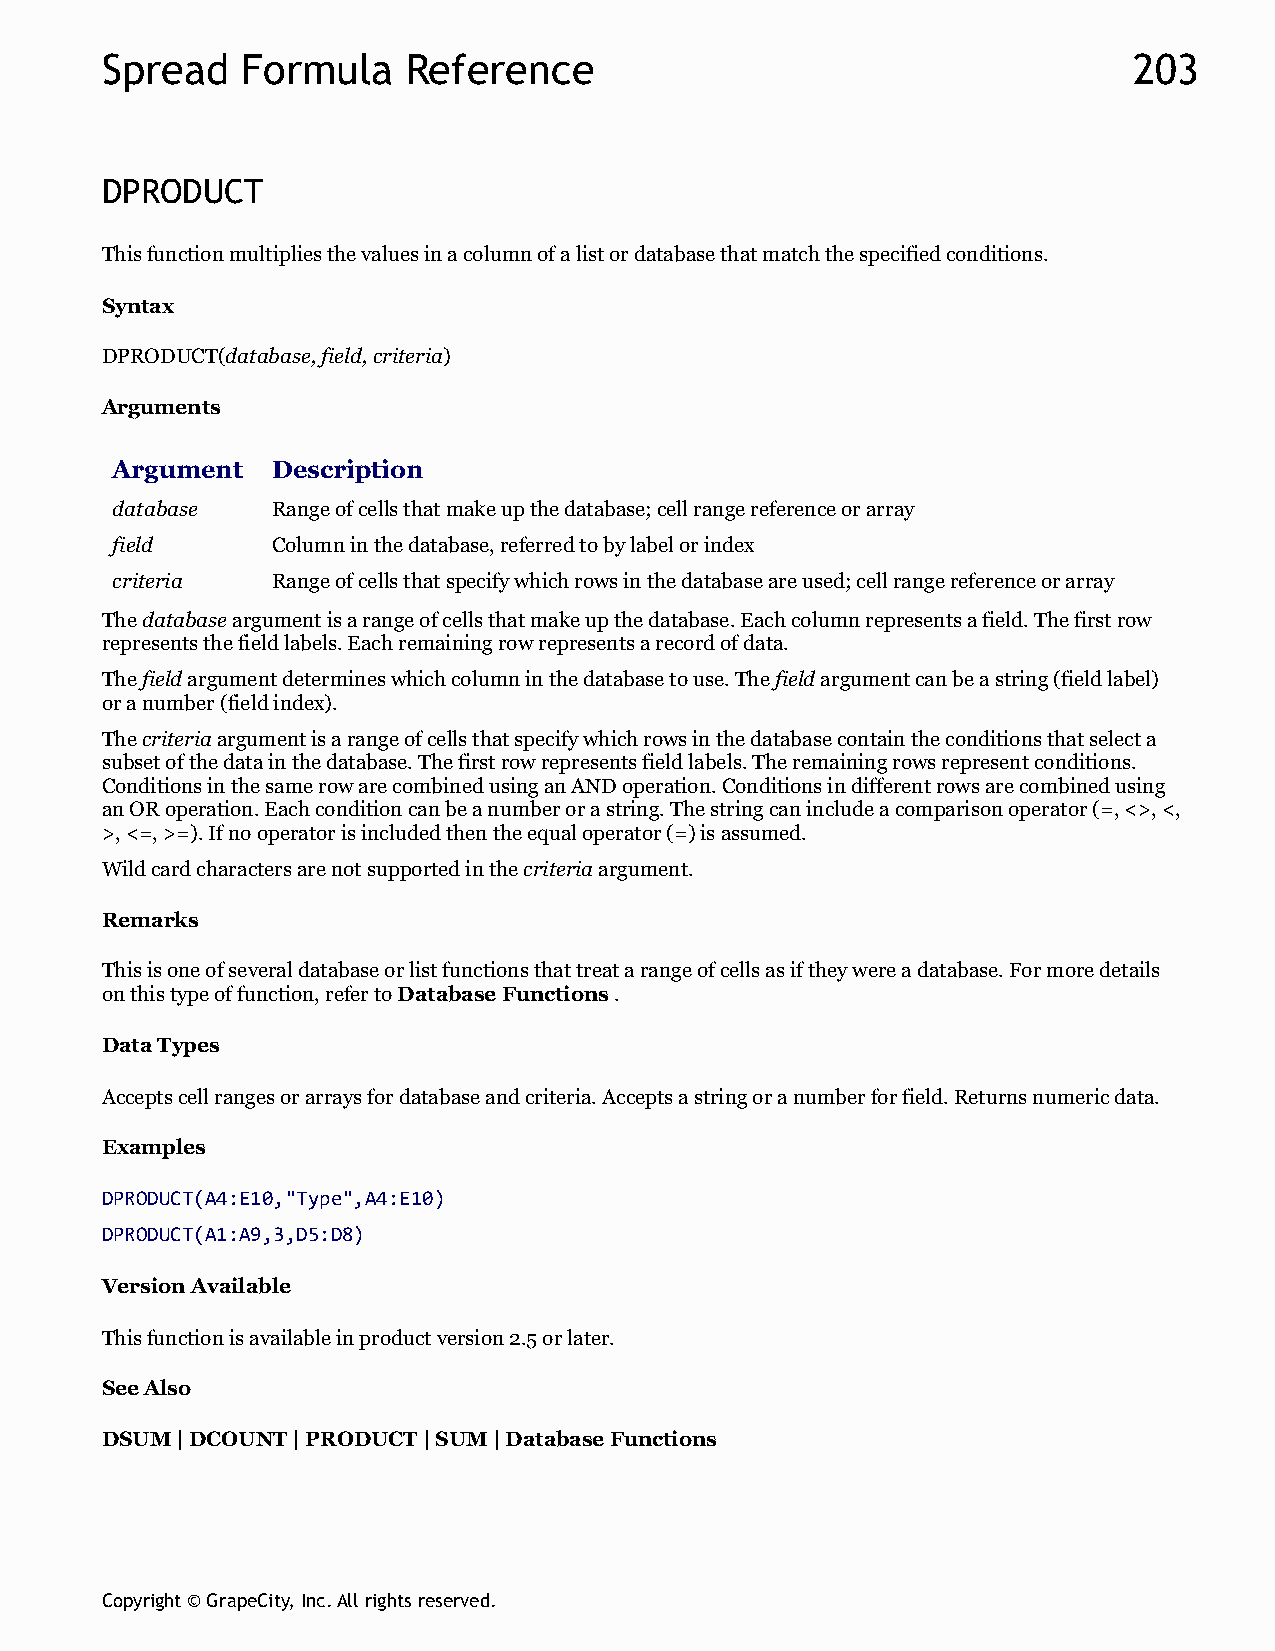
Spread   Formula    Reference                                       203
 DPRODUCT
 This function multiplies the values in a column of a list or database that match the specified conditions.
 Syntax
 DPRODUCT(database, field, criteria)
 Arguments
 Argument   Description
 database   Range of cells that make up the database; cell range reference or array
 field      Column in the database, referred to by label or index
 criteria   Range of cells that specify which rows in the database are used; cell range reference or array
 The database argument is a range of cells that make up the database. Each column represents a field. The first row
 represents the field labels. Each remaining row represents a record of data.
 The field argument determines which column in the database to use. The field argument can be a string (field label)
 or a number (field index).
 The criteria argument is a range of cells that specify which rows in the database contain the conditions that select a
 subset of the data in the database. The first row represents field labels. The remaining rows represent conditions.
 Conditions in the same row are combined using an AND operation. Conditions in different rows are combined using
 an OR operation. Each condition can be a number or a string. The string can include a comparison operator (=, <>, <,
 >, <=, >=). If no operator is included then the equal operator (=) is assumed.
 Wild card characters are not supported in the criteria argument.
 Remarks
 This is one of several database or list functions that treat a range of cells as if they were a database. For more details
 on this type of function, refer to Database Functions .
 Data Types
 Accepts cell ranges or arrays for database and criteria. Accepts a string or a number for field. Returns numeric data.
 Examples
 DPRODUCT(A4:E10,"Type",A4:E10)
 DPRODUCT(A1:A9,3,D5:D8)
 Version Available
 This function is available in product version 2.5 or later.
 See Also
 DSUM | DCOUNT | PRODUCT | SUM | Database Functions
 Copyright © GrapeCity, Inc. All rights reserved.